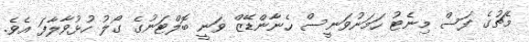
މެޗުގެ ފަސް މިނެޓު ހަމަނުވަނީސް ހެނާންޑޭޒް ވަނީ ބޮލްޓަނުގެ ގޯލު ހުޅުވާލާފަ އެވެ.